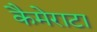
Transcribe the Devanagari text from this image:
कैमेराटा